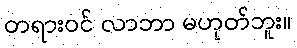
တရားဝင် လာဘာ မဟုတ်ဘူး။